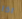
اذا